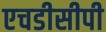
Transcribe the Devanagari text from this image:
एचडीसीपी